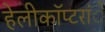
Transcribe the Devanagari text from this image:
हेलीकाॅप्टरांे